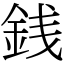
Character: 銭